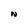
Character: N